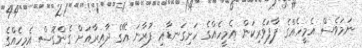
ނަމަވެސް އެމީހެއްގެ ފާފަވެރިކަން އެމީހެއްގެ ހަށިގަނޑާއި ފުރާނަ އޭގެ ދާއިރާއަށް ގެންގޮސް އެމީހެއްގެ